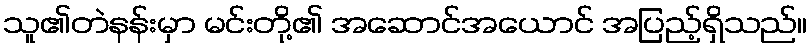
သူ၏တဲနန်းမှာ မင်းတို့၏ အဆောင်အယောင် အပြည့်ရှိသည်။